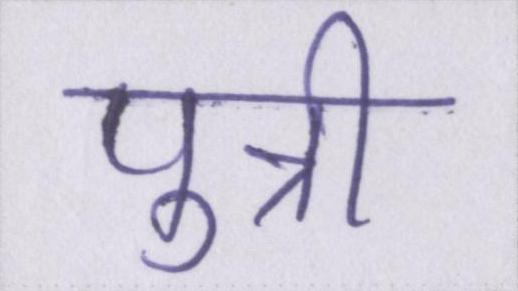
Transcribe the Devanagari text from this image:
पुत्री